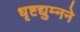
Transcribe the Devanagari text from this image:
धृष्टद्युम्नने